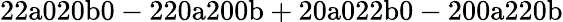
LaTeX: \mathrm{22a020b0-220a200b+20a022b0-200a220b}